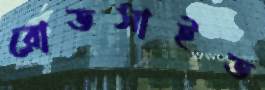
রোডসাইড